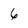
Character: 6